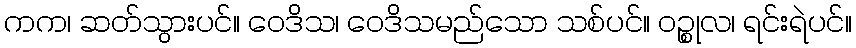
ကက၊ ဆတ်သွားပင်။ ဝေဒိသ၊ ဝေဒိသမည်သော သစ်ပင်။ ဝဉ္စုလ၊ ရင်းရဲပင်။